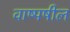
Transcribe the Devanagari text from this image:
वाष्पषील